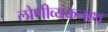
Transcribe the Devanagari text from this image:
लोणीव्यंकनाथ